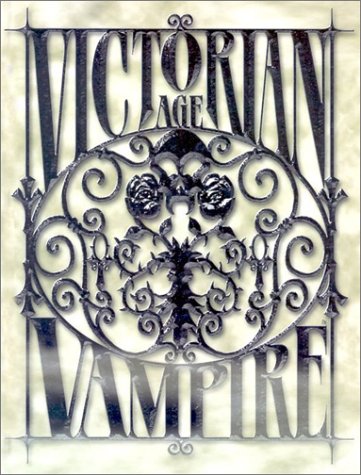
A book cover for Victorian Age: Vampire; Justin Achilli; Science Fiction & Fantasy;